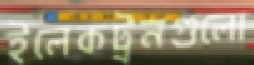
ইলেকট্রনগুলো